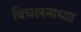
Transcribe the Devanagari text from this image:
विचलनाच्या